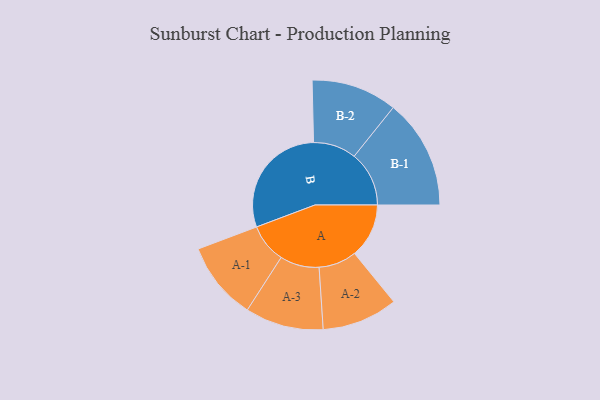
{"axis": {"x": "Segment", "y": "Value"}, "legend": ["", "A", "B"], "data": [{"x": "A", "y": 218, "type": ""}, {"x": "B", "y": 469, "type": ""}, {"x": "A-1", "y": 157, "type": "A"}, {"x": "A-2", "y": 152, "type": "A"}, {"x": "A-3", "y": 157, "type": "A"}, {"x": "B-1", "y": 220, "type": "B"}, {"x": "B-2", "y": 172, "type": "B"}]}